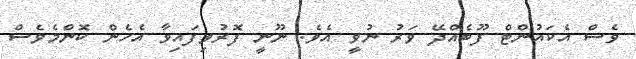
ވެސް އެކައުންޓް ފޫބެއްދޭ ވަރު ނުވީ އެވެ. ނޫނީ ފޮރުވިފައިވާ އެހެން ކޮންމެވެސް